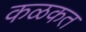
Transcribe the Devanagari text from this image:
कळकत